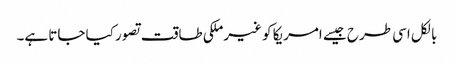
بالکل اسی طرح جیسے امریکا کو غیرملکی طاقت تصور کیا جاتا ہے۔